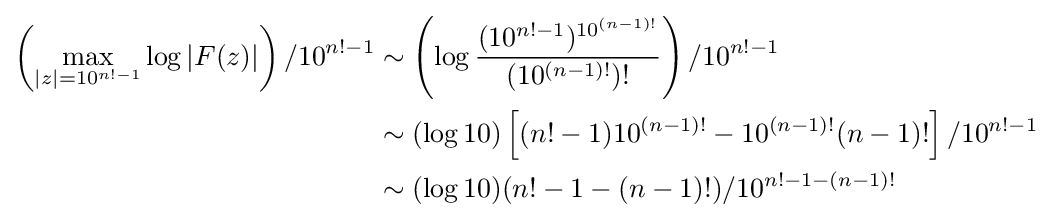
{\begin{aligned}\left(\max _{|z|=10^{n!-1}}\log |F(z)|\right)/10^{n!-1}&\sim \left(\log {\frac {(10^{n!-1})^{10^{(n-1)!}}}{(10^{(n-1)!})!}}\right)/10^{n!-1}\\&\sim (\log 10)\left[(n!-1)10^{(n-1)!}-10^{(n-1)!}(n-1)!\right]/10^{n!-1}\\&\sim (\log 10)(n!-1-(n-1)!)/10^{n!-1-(n-1)!}\\\end{aligned}}